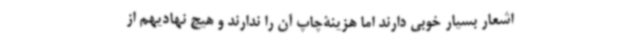
اشعار بسیار خوبی دارند اما هزینۀچاپ آن را ندارند و هیچ نهادیهم از